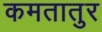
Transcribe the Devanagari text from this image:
कमतातुर